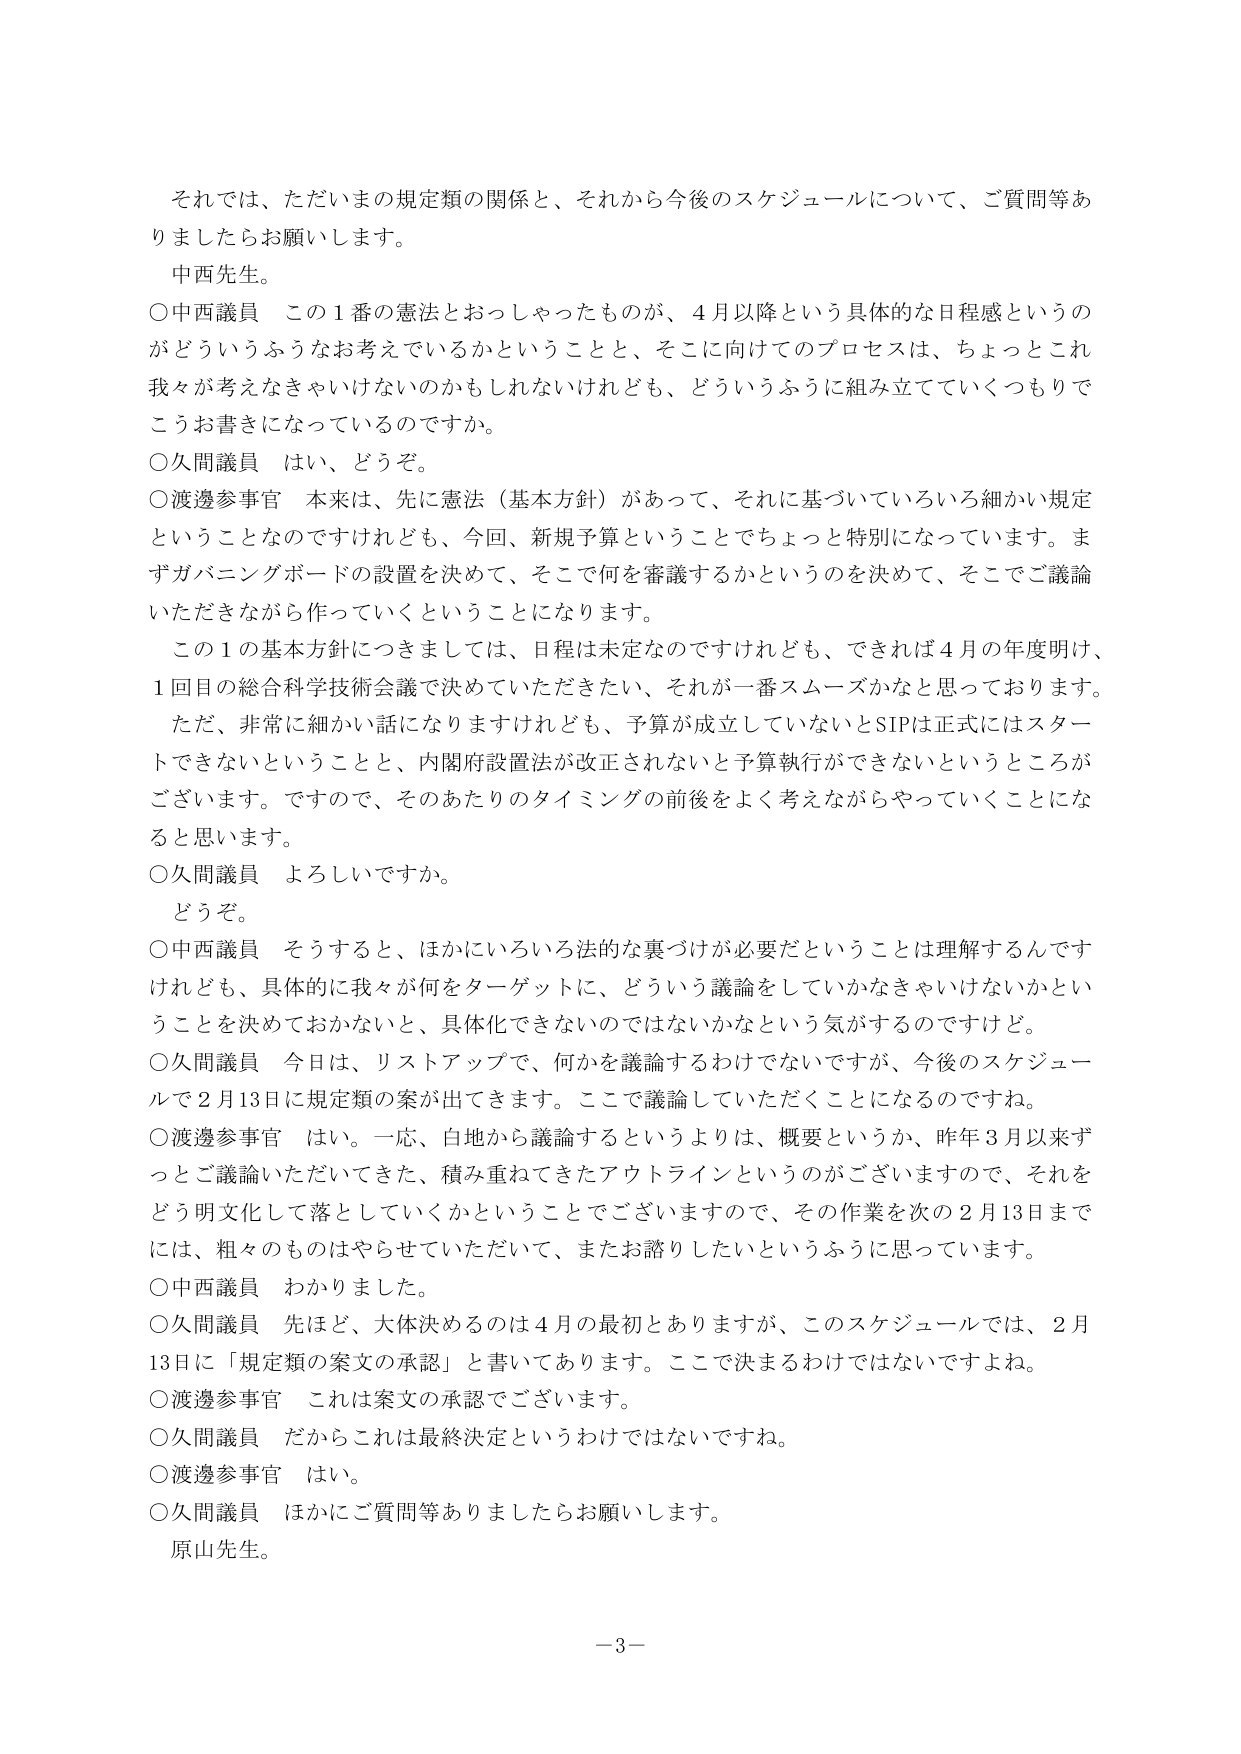
それでは、ただいまの規定類の関係と、それから今後のスケジュールについて、ご質問等ありましたらお願いします。

中西先生。

○中西議員　この１番の憲法とおっしゃったものが、４月以降という具体的な日程感というのがどういうふうなお考えでいるかということと、そこに向けてのプロセスは、ちょっとこれ我々が考えなきゃいけないのかもしれないけれども、どういうふうに組み立てていくつもりでこうお書きになっているのですか。

○久間議員　はい、どうぞ。

○渡邊参事官　本来は、先に憲法（基本方針）があって、それに基づいていろいろ細かい規定ということなのですが、今回、新規予算ということでちょっと特別になっています。まずガバニングボードの設置を決めて、そこで何を審議するかというのを決めて、そこでご議論いただきながら作っていくということになります。

この１の基本方針につきましては、日程は未定なのですが、できれば４月の年度明け、１回目の総合科学技術会議で決めていただきたい、それが一番スムーズかなと思っております。ただ、非常に細かい話になりますけれども、予算が成立していないとSIPは正式にはスタートできないということと、内閣府設置法が改正されないと予算執行ができないというところがございます。ですので、そのあたりのタイミングの前後をよく考えながらやっていくことになると思います。

○久間議員　よろしいですか。

どうぞ。

○中西議員　そうすると、ほかにいろいろ法的な裏づけが必要だということは理解するんですが、具体的に我々が何をターゲットに、どういう議論をしていくかなきゃいけないかということを決めておかないと、具体化できないのではないかという気がするのですけど。

○久間議員　今日は、リストアップで、何かを議論するわけではないですが、今後のスケジュールで２月13日に規定類の案が出てきます。ここで議論していただくことになるのですね。

○渡邊参事官　はい。一応、白地から議論するというよりは、概要というか、昨年３月以来ずっとご議論いただいてきた、積み重ねてきたアウトラインというのがございますので、それをどう明文化して落としていくかということでございますので、その作業を次の２月13日までには、粗々のものはやらせていただいて、またお諮りしたいというふうに思っています。

○中西議員　わかりました。

○久間議員　先ほど、大体決めるのは４月の最初とありますが、このスケジュールでは、２月13日に「規定類の案文の承認」と書いてあります。ここで決まるわけではないですよね。

○渡邊参事官　これは案文の承認でございます。

○久間議員　だからこれは最終決定というわけではないですね。

○渡邊参事官　はい。

○久間議員　ほかにご質問等ありましたらお願いします。

原山先生。

－3－